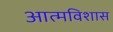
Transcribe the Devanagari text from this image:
आत्मविशास